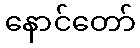
နောင်တော်